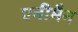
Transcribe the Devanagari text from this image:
एनीमैन